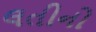
લતીનો